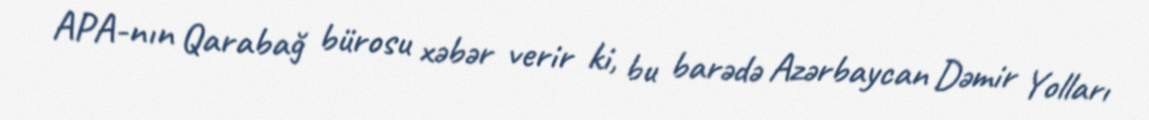
APA-nın Qarabağ bürosu xəbər verir ki, bu barədə Azərbaycan Dəmir Yolları